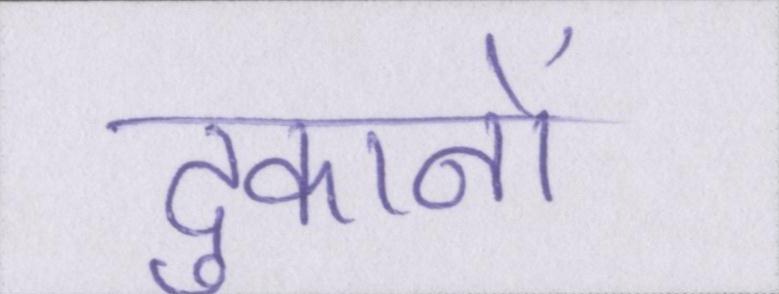
दुकानों